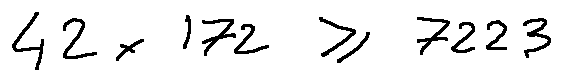
4 2 \times 1 7 2 \geq 7 2 2 3